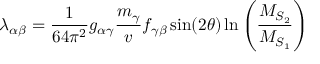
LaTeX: \lambda _ { \alpha \beta } = \frac { 1 } { 6 4 \pi ^ { 2 } } g _ { \alpha \gamma } \frac { m _ { \gamma } } { v } f _ { \gamma \beta } \sin ( 2 \theta ) \ln \left( \frac { M _ { S _ { 2 } } } { M _ { S _ { 1 } } } \right)